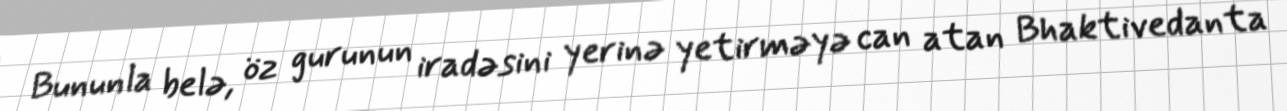
Bununla belə, öz gurunun iradəsini yerinə yetirməyə can atan Bhaktivedanta